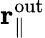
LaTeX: {\mathbf r}_{\parallel}^{\mathrm{out}}